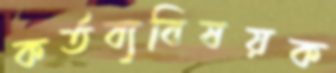
কর্তব্যবিষয়ক